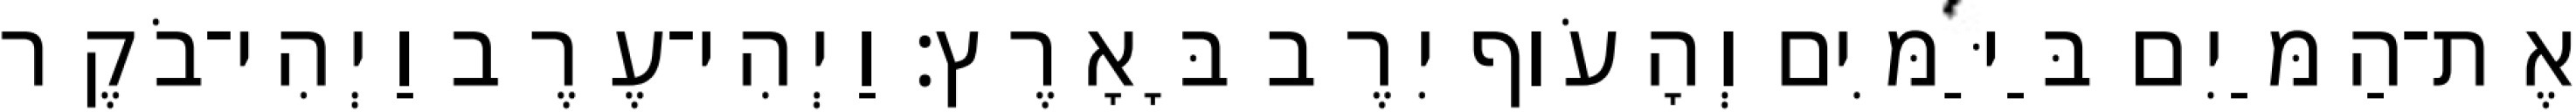
אֶת־הַמַּיִם בַּיַּמִּים וְהָעֹוף יִרֶב בָּאָרֶץ׃ וַיְהִי־עֶרֶב וַיְהִי־בֹקֶר